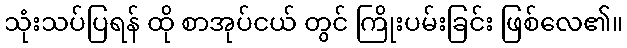
သုံးသပ်ပြရန် ထို စာအုပ်ငယ် တွင် ကြိုးပမ်းခြင်း ဖြစ်လေ၏။